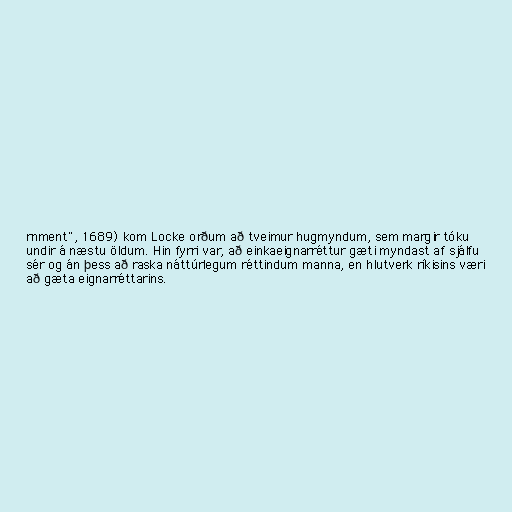
rnment", 1689) kom Locke orðum að tveimur hugmyndum, sem margir tóku
undir á næstu öldum. Hin fyrri var, að einkaeignarréttur gæti myndast af sjálfu
sér og án þess að raska náttúrlegum réttindum manna, en hlutverk ríkisins væri
að gæta eignarréttarins.